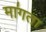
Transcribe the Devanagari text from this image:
मा॑गता